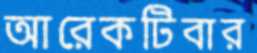
আরেকটিবার